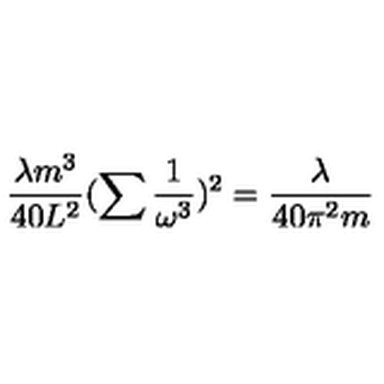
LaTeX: \frac { \lambda m ^ { 3 } } { 4 0 L ^ { 2 } } ( \sum \frac { 1 } { \omega ^ { 3 } } ) ^ { 2 } = \frac { \lambda } { 4 0 \pi ^ { 2 } m }